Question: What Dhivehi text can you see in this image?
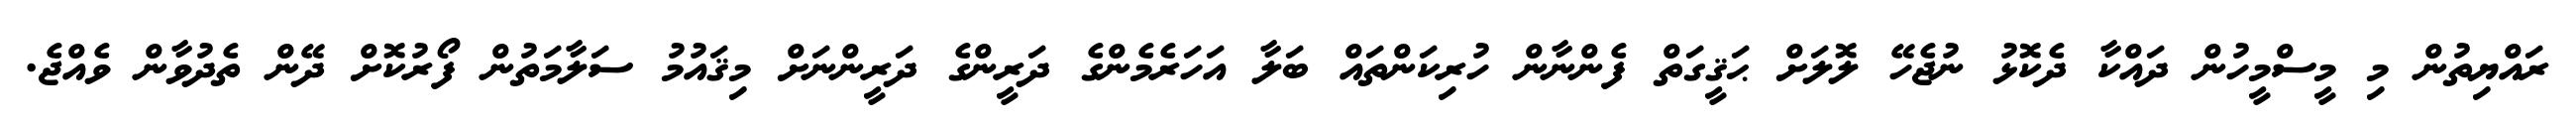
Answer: ރައްޔިތުން މި މީސްމީހުން ދައްކާ ދެކޮޅު ނުޖެހޭ ލޮލަށް ޙަޤީގަތް ފެންނާން ހުރިކަންތައް ބަލާ އަހަރެމެންގެ ދަރީންގެ ދަރީންނަށް މިޤައުމު ސަލާމަތުން ފޯރުކޮށް ދޭން ތެދުވާން ވެއްޖެ.